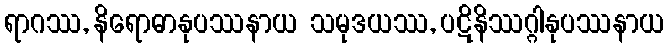
ရာဂဿ, နိရောဓာနုပဿနာယ သမုဒယဿ, ပဋိနိဿဂ္ဂါနုပဿနာယ